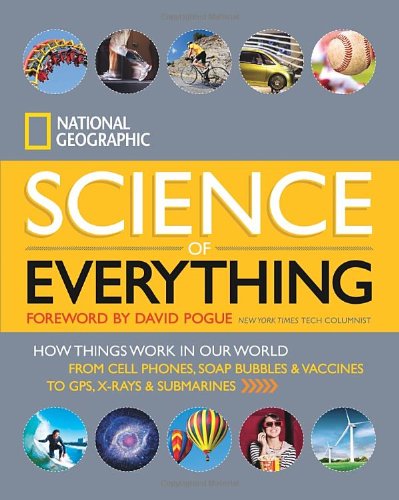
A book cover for National Geographic Science of Everything: How Things Work in Our World; National Geographic; Science & Math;